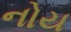
નોય